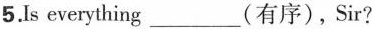
5.Is everything ___ （有序）, Sir?